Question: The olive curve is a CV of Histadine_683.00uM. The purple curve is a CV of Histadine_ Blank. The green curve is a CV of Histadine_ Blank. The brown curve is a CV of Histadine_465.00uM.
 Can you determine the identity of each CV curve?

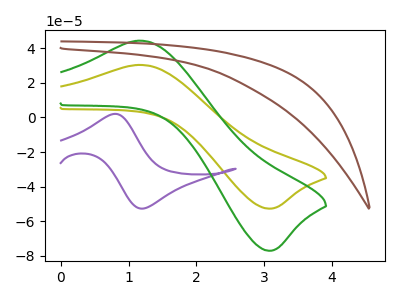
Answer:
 <answer>The olive curve is labeled "Histadine_683.00uM". The purple curve is labeled "Histadine_ Blank". The green curve is labeled "Histadine_ Blank". The brown curve is labeled "Histadine_465.00uM".</answer>
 <eval></eval>